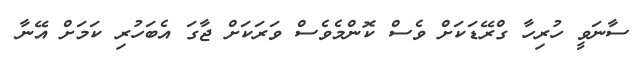
ސާނަވީ ހުރިހާ ގްރޭޑަކަށް ވެސް ކޮންމެވެސް ވަރަކަށް ޖާގަ އެބަހުރި ކަމަށް އޭނާ